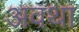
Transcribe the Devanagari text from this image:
अवथा